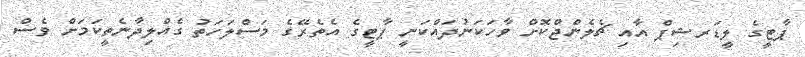
ޕާޓީގެ ލީޑަރޝިޕް އާއި ޗެލެންޖްކޮށް ވާހަކަނުދައްކަނީ ޕާޓީގެ އެތެރޭގެ މަސްލަހަތު ގެއްލިދާނެތީކަމަށް ވެސް